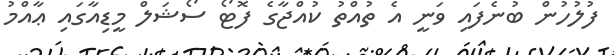
ފުލުހުން ބުނެފައި ވަނީ އެ ތުއްތު ކުއްޖާގެ ފޮޓޯ ސޯޝަލް މީޑިއާގައި ޢާއްމު